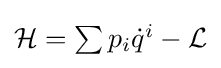
{\textstyle {\mathcal {H}}=\sum p_{i}{\dot {q}}^{i}-{\mathcal {L}}}